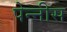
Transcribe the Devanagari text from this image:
पेन्नीस